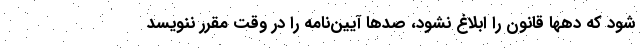
شود که دهها قانون را ابلاغ نشود، صدها آیین‌نامه را در وقت مقرر ننویسد